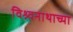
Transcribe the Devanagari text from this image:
विश्र्वनाथाच्या